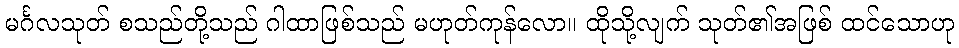
မင်္ဂလသုတ် စသည်တို့သည် ဂါထာဖြစ်သည် မဟုတ်ကုန်လော။ ထိုသို့လျက် သုတ်၏အဖြစ် ထင်သောဟု